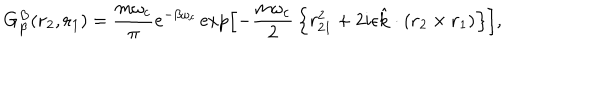
LaTeX: G _ { \beta } ^ { B } ( \mathrm { \bf r } _ { 2 } , \mathrm { \bf r } _ { 1 } ) = { \frac { m \omega _ { c } } { \pi } } e ^ { - \beta \omega _ { c } } \exp \left[ - { \frac { m \omega _ { c } } { 2 } } \left\{ r _ { 2 1 } ^ { 2 } + 2 i \epsilon \hat { \mathrm { \bf k } } \cdot ( \mathrm { \bf r } _ { 2 } \times \mathrm { \bf r } _ { 1 } ) \right\} \right] ,